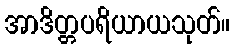
အာဒိတ္တပရိယာယသုတ်။